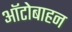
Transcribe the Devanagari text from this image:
ऑटोबाहन